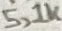
Text: 5,1K